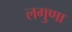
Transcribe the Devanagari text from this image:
लगुणा